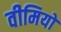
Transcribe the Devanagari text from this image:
वीमियो